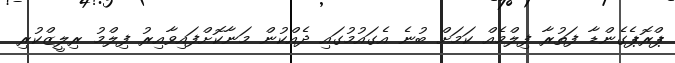
ޕްރޮޕެގެންޑާ ފަތުރާ ފިލްމެއް ކަމަށް ބުނެ އެގައުމުގައި ދެއްކުން މަނާކޮށްފައިވާއިރު ފިލްމު ރިލީޒްކުރި